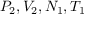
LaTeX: P _ { 2 } , V _ { 2 } , N _ { 1 } , T _ { 1 }